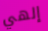
إلهي